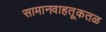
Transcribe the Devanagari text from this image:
सामानवाहतूकतळ